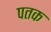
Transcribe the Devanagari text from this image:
पतक